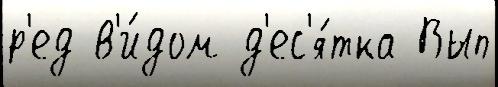
р'ед в'и́дом д'ес'я́тка Вып